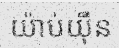
យ៉ាប់យ៉ឺន